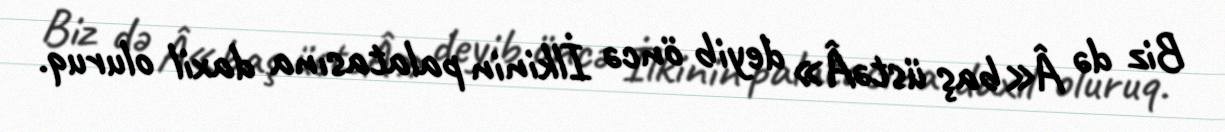
Biz də Â«baş üstəÂ» deyib öncə İlkinin palatasına daxil oluruq.